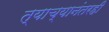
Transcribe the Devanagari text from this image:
त्याच्यानंतरही